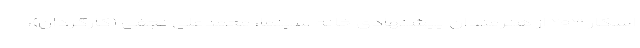
اسکار ۲۰۲۱ از هنرمندان پیشنهادی خانه سینما، محمدعلی نجفی (کارگردان)،